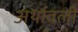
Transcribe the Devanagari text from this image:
अर्थावली